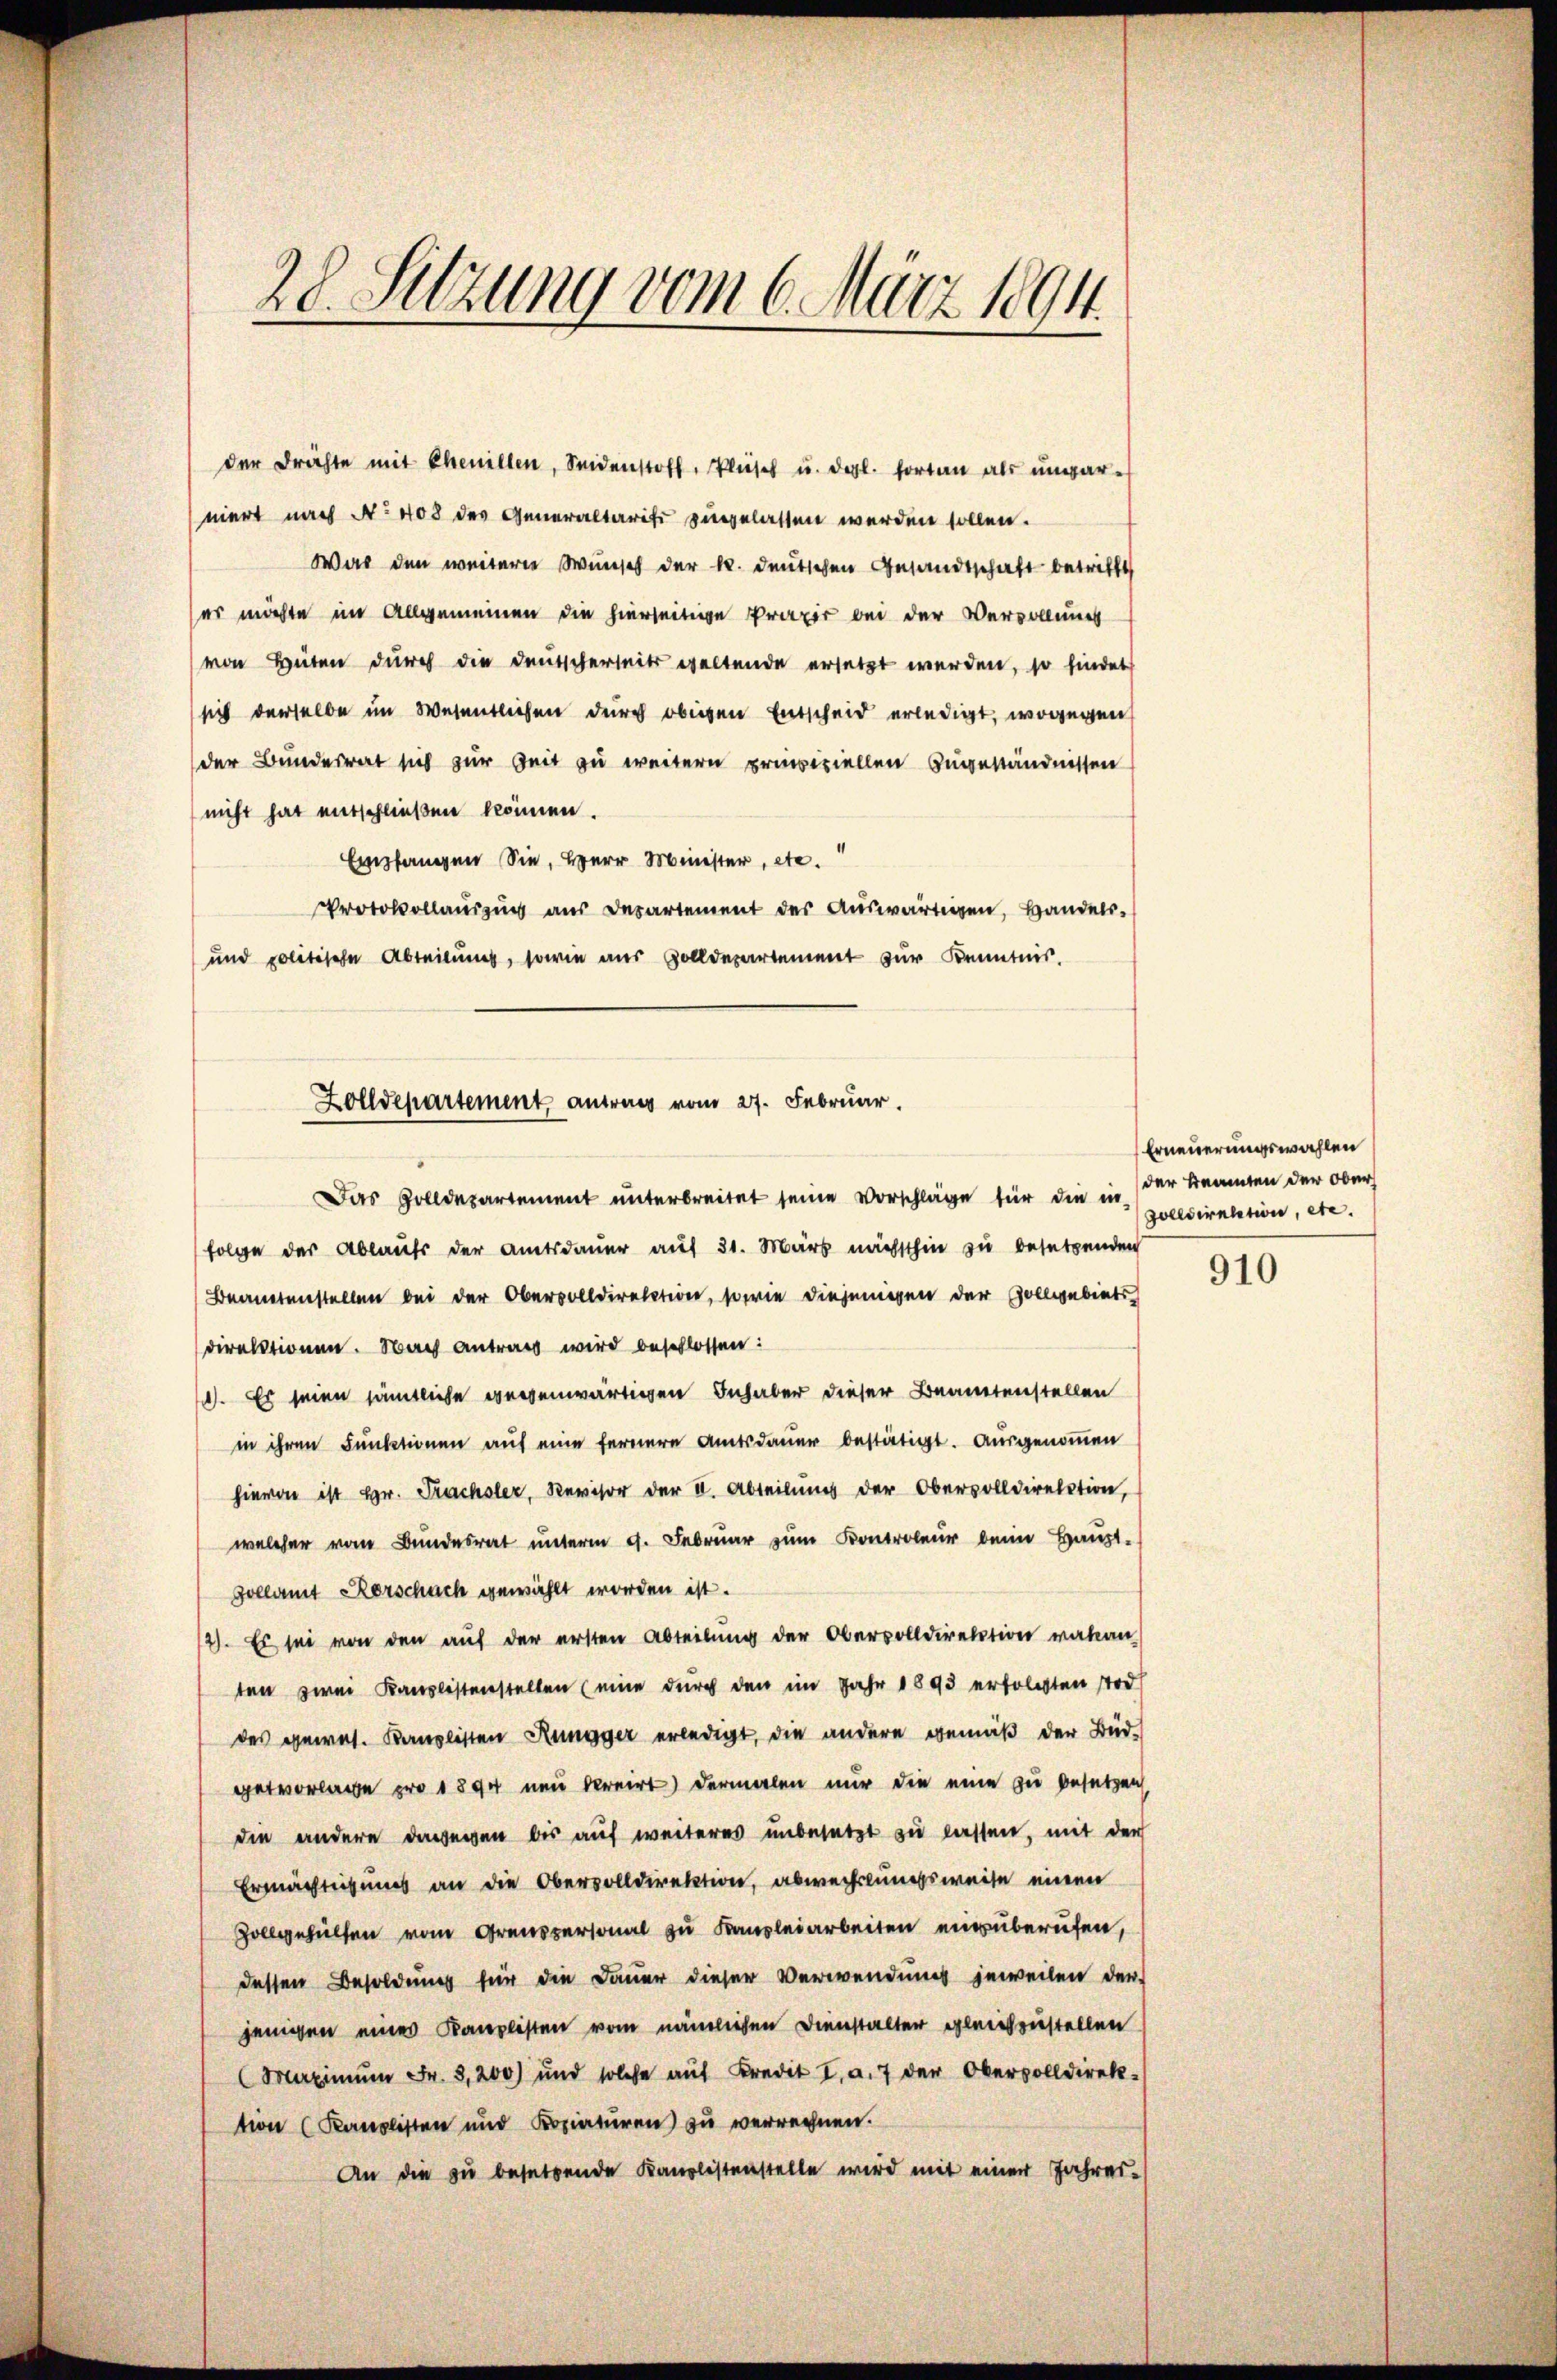
28. Sitzung vom 6. März 1894.

der drähte mit Chenillen, Seidenstoff, Plüsch u. drgl. fortan als ŭmgarniert nach No 408 des Generaltarife zugelassen werden sollen.
War den weitere Wunsch der k. deutschen Gesandtschaft betrifft
es möchte im Allgemeinen die hierseitige Praxis bei der Vervollung
von Hüten durch die Deutscherheits geltende ersetzt werden, so findet
sich derselbe im Wesentlichen durch obigen Entscheid erledigt, wogegen
der Bundesrat sich zur Zeit zu weitern prinziellen Zugeständnissen
nicht hat entschließen können.
Empfangen Sie, Herr Minister, etc.
Protokollauszug aus Departement des Auswärtigen, Handels¬
und politische Abteilung, sowie aus Zolldepartement zur Kenntnis.
Das Zolldepartement unterbreitet seine Vorschläge für die in der Beamten der Ober
folge der Ablaufs der Amtsdauer auf 31. März nächsthin zu besetzenden
Beamtenstellen bei der Obervolldirektion, sowie diejenigen der Zollgebiets
direktionen. Nach Antrag wird beschlossen:
. Es seien sämtliche gegenwärtigen Inhaber dieser Beamtenstellen
in ihren Funktionen auf eine fernere Amtsdauer bestätigt. Ausgenommen
hievon ist Hr. Prachsler, Revisor der II. Abteilung der Obervolldirektion,
welcher vom Bundesrat unterm 9. Februar zum Kontroleur beim Haupt-
Zollamt Kerschach gewählt worden ist.
12). Es sei von den auf der ersten Abteilung der Obervolldirektion vakan
ten zwei Kauslistenstellen (eine durch den im Jahr 1893 erfolgten sod
des eneral. Kanzlisten Rungger erledigt, die andere gemäß der Bud-
getvorlasse pro 1894 neu bereirt) dermalen nur die eine zu besetzen,
die andere dawegen bis auf weiteres unbesetzt zu lassen, mit der
Ermächtigung an die Obervolldirektion, abwechslungsweise einen
Zollgehülfen vom Grenzpersonal zu Kanzleiarbeiten einzuberufen,
dessen Besoldung für die Dauer dieser Verwendung jeweilen der-
jenigen eines Kanzlisten vom nämlichen Dienstalter gleichzustellen
Maximŭm Fr. 3,200) und solche aŭf Kredit I. a. 7 der Obervolldirek-
tion (Kanzlisten und Kopiaturen zu verrechnen.
An die zu besetzende Kanalistenstelle wird mit einer Jahres-

Zolldepartement autres vom 27. Februar.

Erneuerungswahlen
zolldirektion, etc.

910